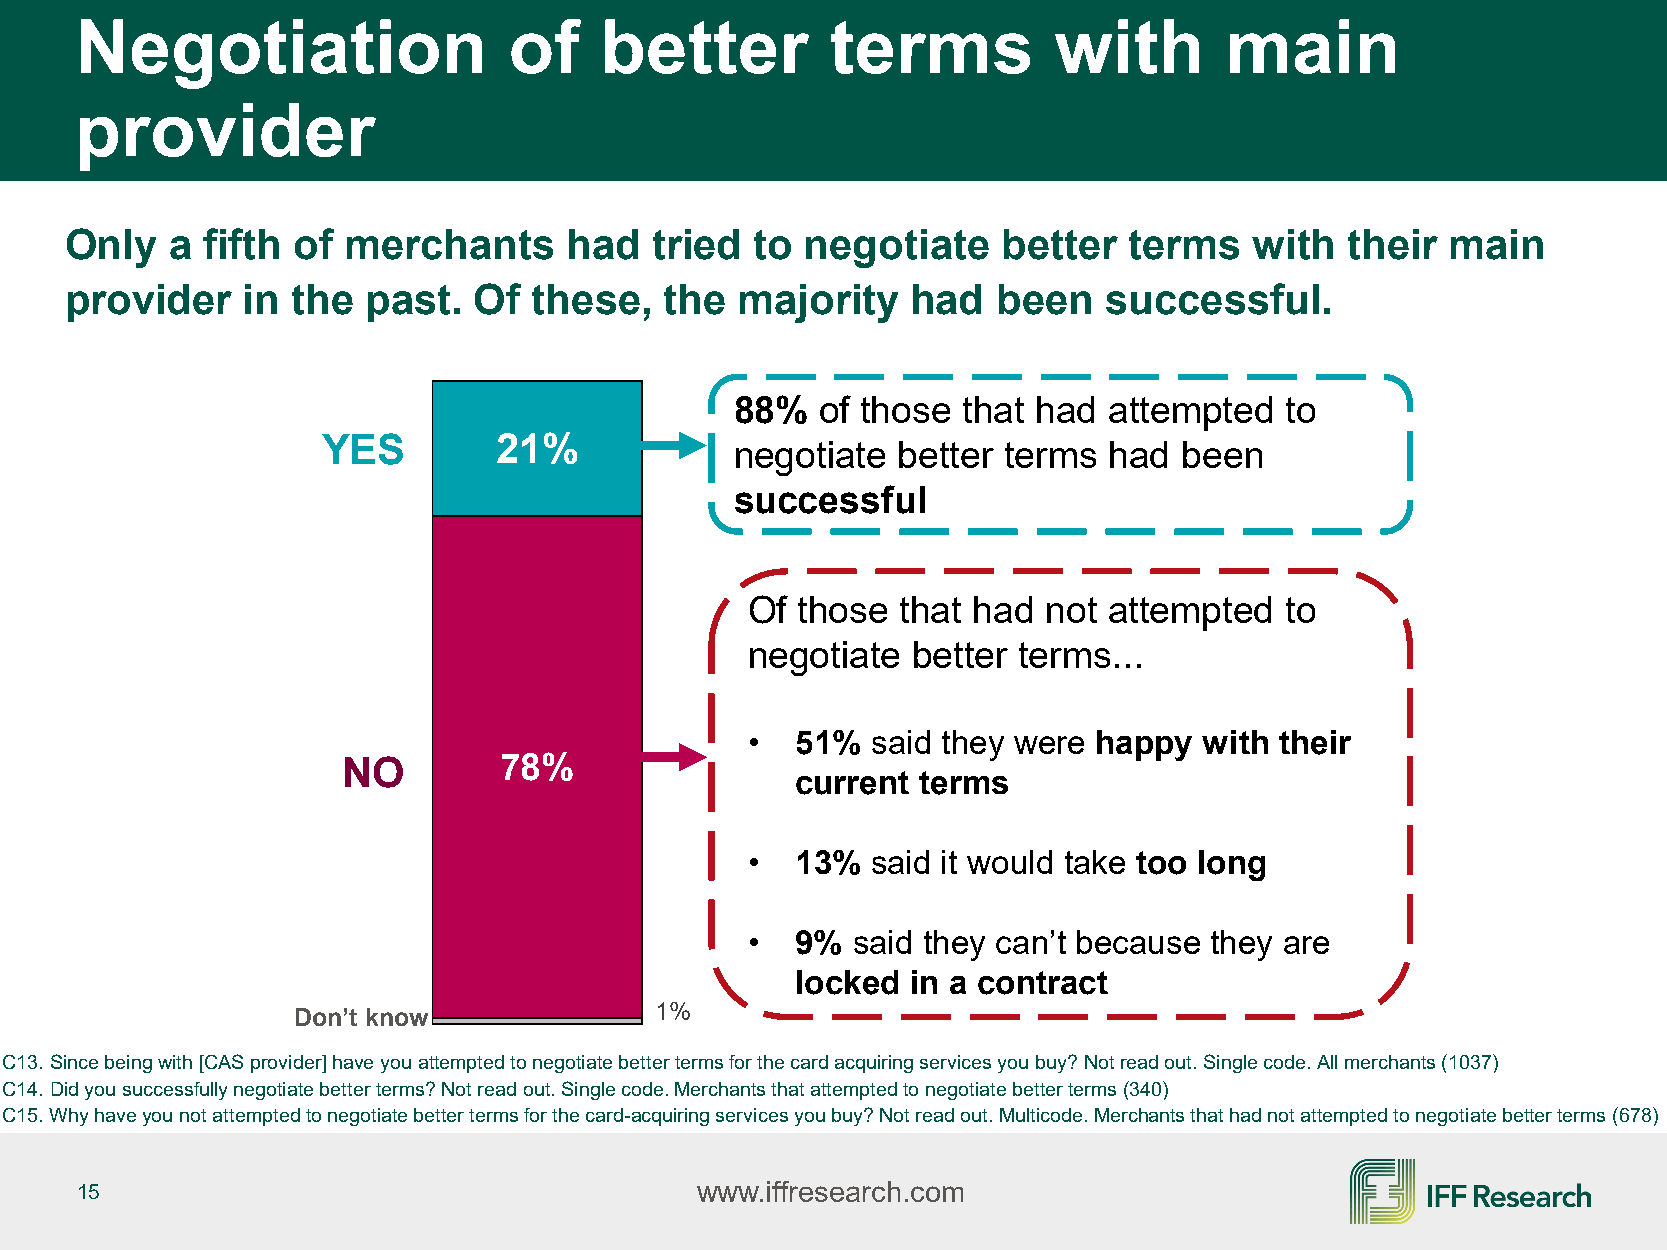
Negotiation                  of    better         terms          with       main
 provider
 Only   a fifth of  merchants     had   tried  to negotiate    better   terms   with  their  main
 provider    in the  past.  Of  these,   the  majority   had   been   successful.
 88%  of those  that had attempted   to
 YES         21%             negotiate better terms  had  been
 successful
 Of those  that had not attempted   to
 negotiate better terms...
 •  51%  said they were happy  with their
 NO        78%
 current terms
 •  13%  said it would take too long
 •  9% said they can’t because they are
 locked in a contract
 1%
 Don’t know
 C13. Since being with [CAS provider] have you attempted to negotiate better terms for the card acquiring services you buy? Not read out. Single code. All merchants (1037)
 C14. Did you successfully negotiate better terms? Not read out. Single code. Merchants that attempted to negotiate better terms (340)
 C15. Why have you not attempted to negotiate better terms for the card-acquiring services you buy? Not read out. Multicode. Merchants that had not attempted to negotiate better terms (678)
 15                                       www.iffresearch.com